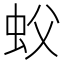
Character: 蚥